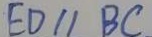
E D / / B C